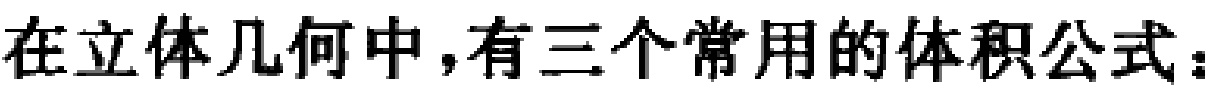
在立体几何中，有三个常用的体积公式：